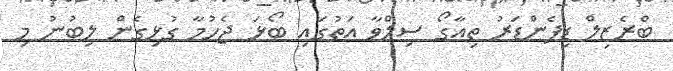
ބްރެޒިލް ޑިފެންޑަރު ތިއާގޯ ސިލްވާ އަތުގައި ބޯޅަ ޖެހުމާ ގުޅިގެން ލިބުނު މި